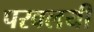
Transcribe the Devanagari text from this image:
परवलयी